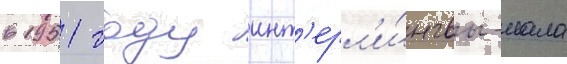
в 1951 году инт'ерл'и́нгвы-иала